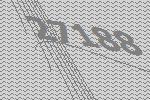
27188